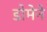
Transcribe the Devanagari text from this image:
डोमेने